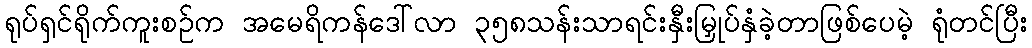
ရုပ်ရှင်ရိုက်ကူးစဉ်က အမေရိကန်ဒေါ်လာ ၃၅၈သန်းသာရင်းနှီးမြှုပ်နှံခဲ့တာဖြစ်ပေမဲ့ ရုံတင်ပြီး